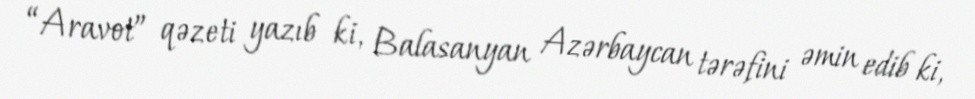
“Aravot” qəzeti yazıb ki, Balasanyan Azərbaycan tərəfini əmin edib ki,